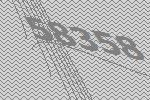
58358